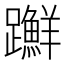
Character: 𨇤